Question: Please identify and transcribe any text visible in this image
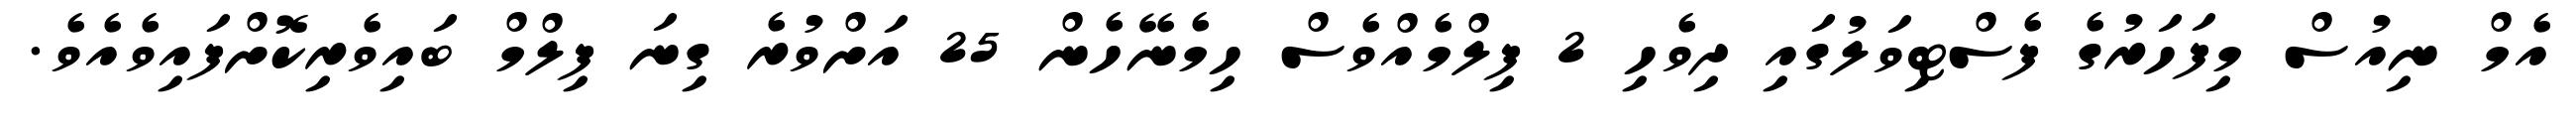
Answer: އެމް ނިއުސް މިފަހަރުގެ ފެސްޓިވަލުގައި ދިވެހި 2 ފިލްމެއްވެސް ހިމެނޭހެން 25 އަށްވުރެ ގިނަ ފިލްމް ބައިވެރިކޮށްފައިވެއެވެ.